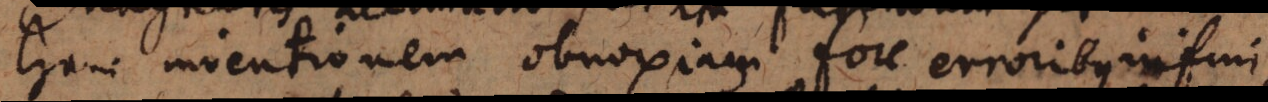
hami inventionem obnoxiam fore erroribus infini